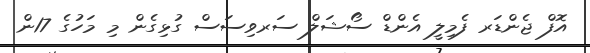
އޮފް ޖެންޑަރ ފެމިލީ އެންޑް ސޯޝަލް ސަރވިސަސް ގުޅިގެން މި މަހުގެ 17ން